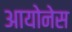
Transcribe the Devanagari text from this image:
आयोनेस